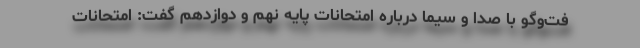
فت‌وگو با صدا و سیما درباره امتحانات پایه نهم و دوازدهم گفت: امتحانات